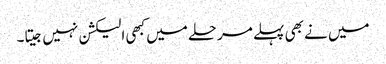
میں نے بھی پہلے مرحلے میں کبھی الیکشن نہیں جیتا۔